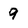
Character: 9